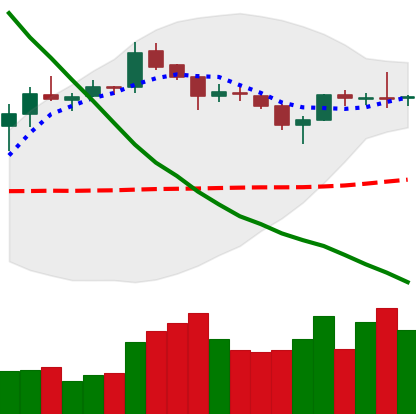
Ticker: XLM-USD
Chart end date: 2019-03-31
Forward return: 17.386%
Label: up_7plus